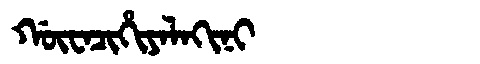
Manchu: ᡤᡡᠸᠠᠴᡳᡥᡳᠶᠠᠯᠠᡴᡳᠨᡳ
Romanization: GŪWACIHIYALAKINI